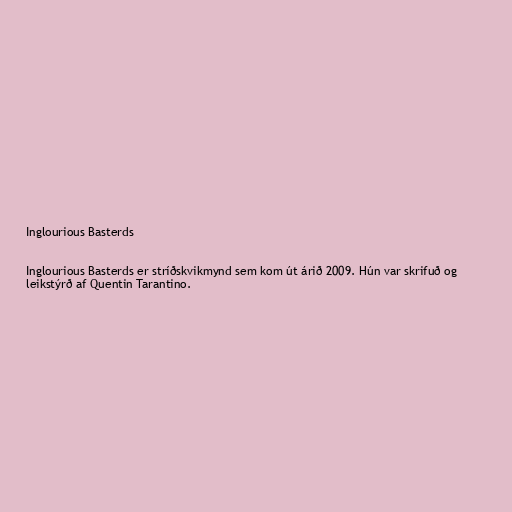
Inglourious Basterds

Inglourious Basterds er stríðskvikmynd sem kom út árið 2009. Hún var skrifuð og
leikstýrð af Quentin Tarantino.